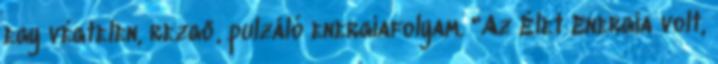
egy végtelen, rezgő, pulzáló energiafolyam. "Az Élet Energia volt,